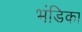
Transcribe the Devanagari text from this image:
भंडिका